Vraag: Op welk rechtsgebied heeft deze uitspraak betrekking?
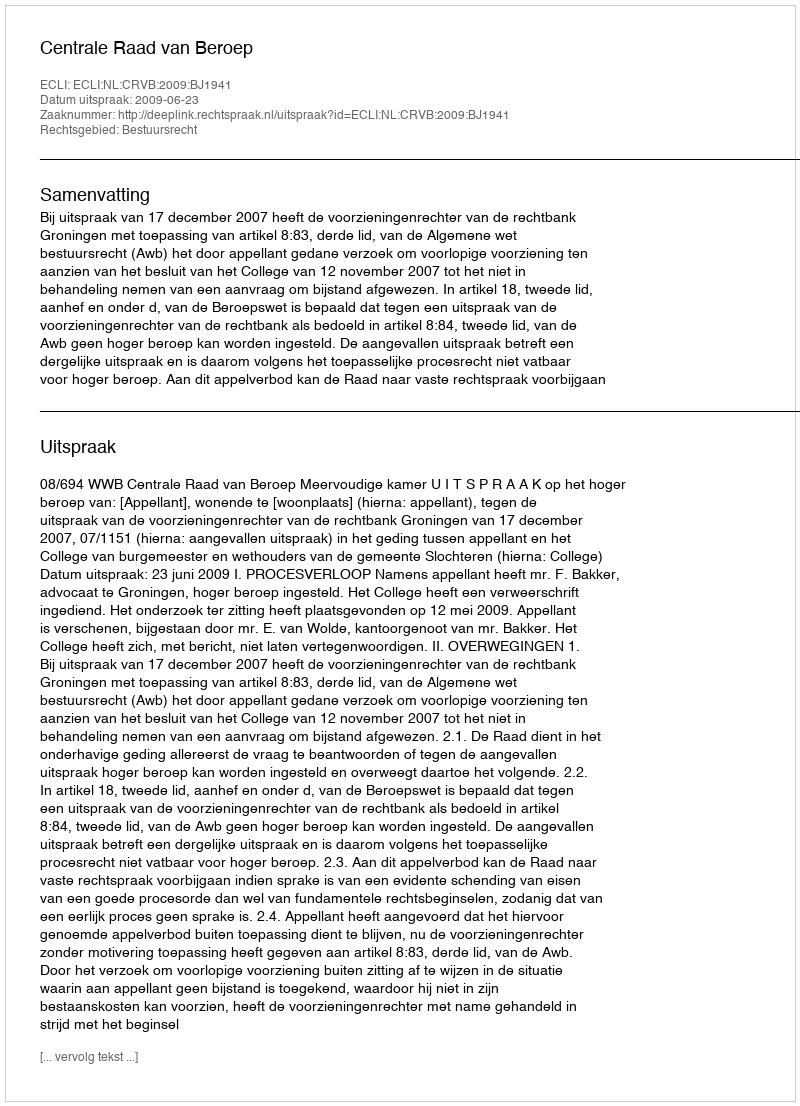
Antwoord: Bestuursrecht